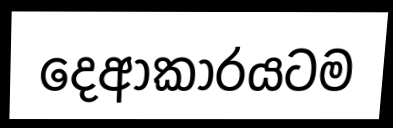
දෙආකාරයටම